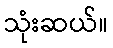
သုံးဆယ်။